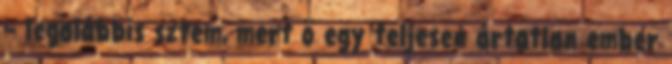
– legalábbis sztem, mert ő egy teljesen ártatlan ember